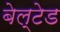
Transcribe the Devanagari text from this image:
बेल्टेड